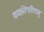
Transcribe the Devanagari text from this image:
ययातिचरितमु